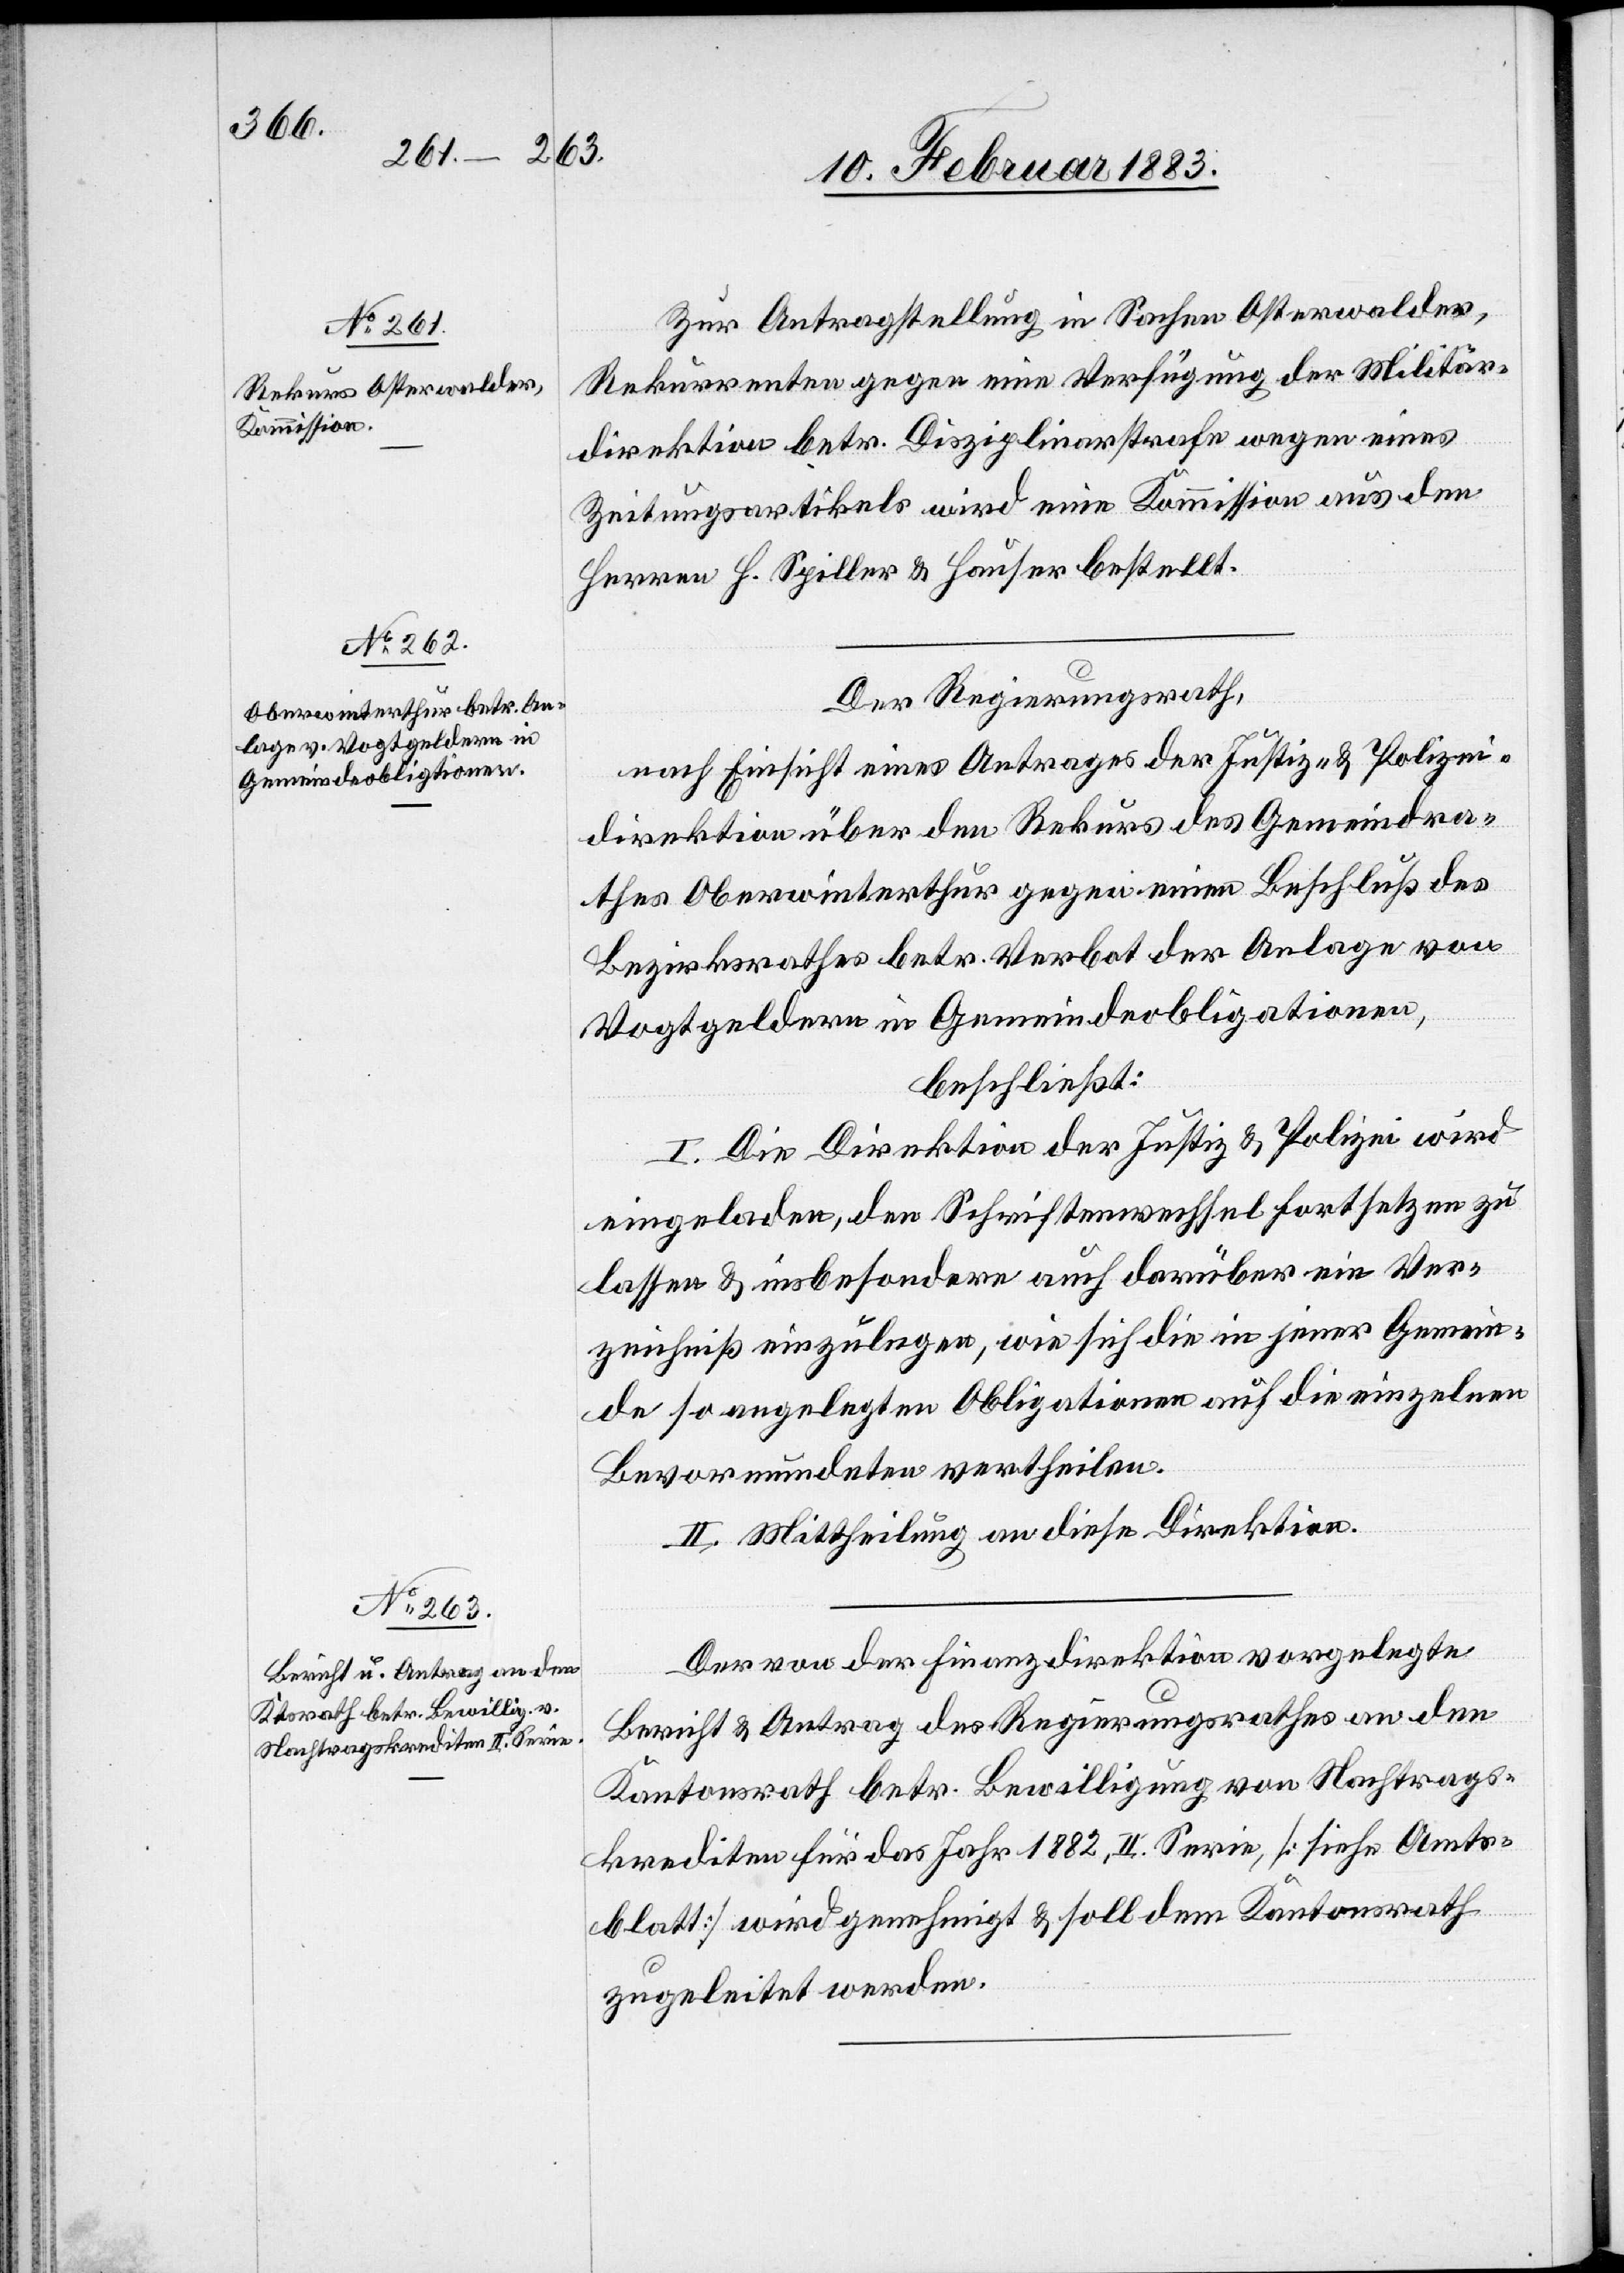
Zur Antragstellung in Sachen Osterwalder,
Rekurrenten gegen eine Verfügung der Militär¬
direktion betr. Disziplinarstrafe wegen eines
Zeitungsartikels wird eine Kommission aus den
Herren H. Spiller und Hauser bestellt.
Der Regierungsrath,
nach Einsicht eines Antrages der Justiz- & Polizei¬
direktion über den Rekurs des Gemeindra¬
thes Oberwinterthur gegen einen Beschluß des
Bezirksrathes betr. Verbot der Anlage von
Vogtgeldern in Gemeindeobligationen,
beschließt:
I. Die Direktion der Justiz & Polizei wird
eingeladen, den Schriftenwechsel fortsetzen zu
lassen & insbesondere auch darüber ein Ver¬
zeichniß einzulegen, wie sich die in jener Gemein¬
de so angelegten Obligationen auf die einzelnen
Bevormundeten vertheilen.
II. Mittheilung an diese Direktion.
Der von der Finanzdirektion vorgelegte
Bericht & Antrag des Regierungsrathes an den
Kantonsrath betr. Bewilligung von Nachtrags¬
krediten für das Jahr 1882, II. Serie [siehe Amts¬
blatt] wird genehmigt & soll dem Kantonsrath
zugeleitet werden.